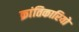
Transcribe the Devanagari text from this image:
क्रांतिकारियो